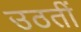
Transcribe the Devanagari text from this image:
उठतीं